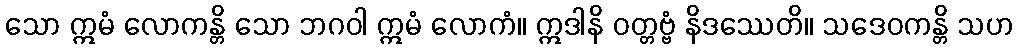
သော ဣမံ လောကန္တိ သော ဘဂဝါ ဣမံ လောကံ။ ဣဒါနိ ဝတ္တဗ္ဗံ နိဒဿေတိ။ သဒေဝကန္တိ သဟ